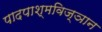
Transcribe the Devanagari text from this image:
पादपाश्मविज्ञान